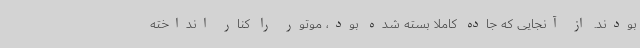
بودند. از آنجایی که جاده کاملا بسته شده بود، موتور را کنار انداخته